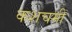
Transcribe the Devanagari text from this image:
कशचमी